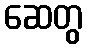
ဆေတွ